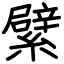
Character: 繴